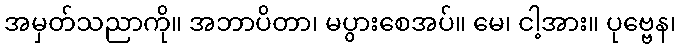
အမှတ်သညာကို။ အဘာပိတာ၊ မပွားစေအပ်။ မေ၊ ငါ့အား။ ပုဗ္ဗေန၊